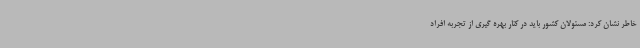
خاطر نشان کرد: مسئولان کشور باید در کنار بهره گیری از تجربه افراد